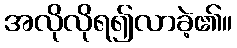
အလိုလိုရ၍လာခဲ့၏။